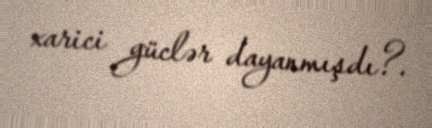
xarici güclər dayanmışdı?.